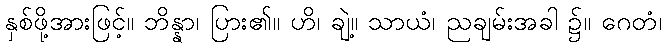
နှစ်ဖို့အားဖြင့်။ ဘိန္နာ၊ ပြား၏။ ဟိ၊ ချဲ့။ သာယံ၊ ညချမ်းအခါ ၌။ ဂေတံ၊